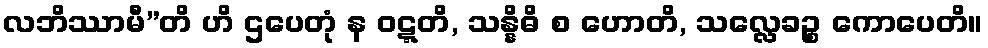
လဘိဿာမီ”တိ ဟိ ဌပေတုံ န ဝဋ္ဋတိ, သန္နိဓိ စ ဟောတိ, သလ္လေခဉ္စ ကောပေတိ။